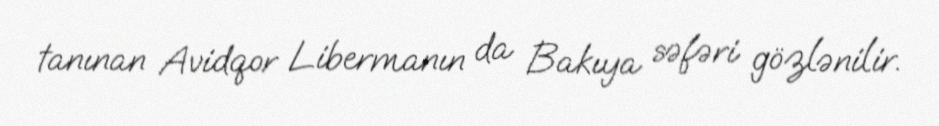
tanınan Avidqor Libermanın da Bakıya səfəri gözlənilir.